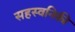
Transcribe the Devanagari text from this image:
सहस्वनिकी